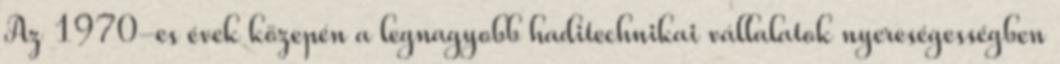
Az 1970-es évek közepén a legnagyobb haditechnikai vállalatok nyereségességben